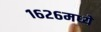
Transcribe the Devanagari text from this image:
१६२६मध्ये